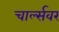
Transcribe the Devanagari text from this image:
चार्ल्सवर